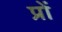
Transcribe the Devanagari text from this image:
प्रों